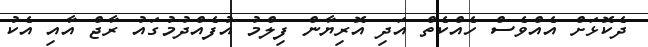
ދެކޮޅަށް އެއްވެސް ހެއްކެތް އަދި އޮރިޔާން ފިލްމު އުފެއްދުމުގައު ރާޖް އާއި އެކު